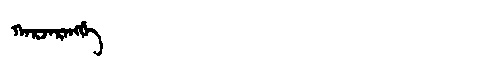
Manchu: ᡴᠠᡵᠵᠠᡵᠠᠩᡤᡝ
Romanization: KARJARANGGE